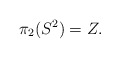
\begin{align*}\pi_2(S^2) = Z .\end{align*}